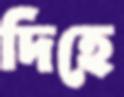
দিহে